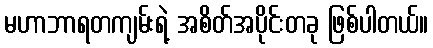
မဟာဘာရတကျမ်းရဲ့ အစိတ်အပိုင်းတခု ဖြစ်ပါတယ်။